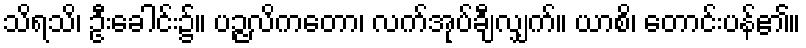
သိရသိ၊ ဦးခေါင်း၌။ ပဉ္ဇလိကတော၊ လက်အုပ်ချီလျှက်။ ယာစိ၊ တောင်းပန်၏။